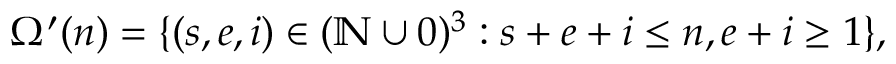
\Omega ^ { \prime } ( n ) = \{ ( s , e , i ) \in ( \mathbb { N } \cup 0 ) ^ { 3 } : s + e + i \leq n , e + i \geq 1 \} ,